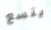
يتسع